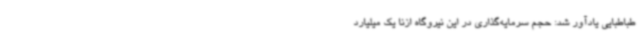
طباطبایی یادآور شد: حجم سرمایه‌گذاری در این نیروگاه ازنا یک میلیارد